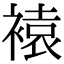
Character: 褤